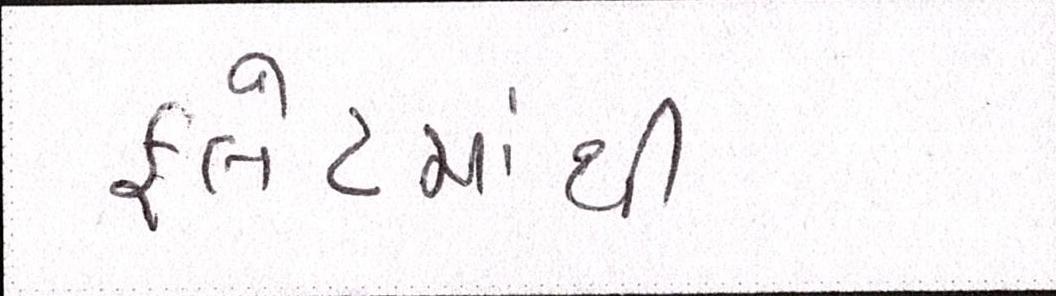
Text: ફલેટમાંથી